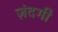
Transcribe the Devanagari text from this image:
ज़ंदगी